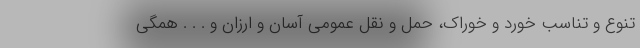
تنوع و تناسب خورد و خوراک، حمل و نقل عمومی آسان و ارزان و . . . همگی